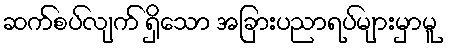
ဆက်စပ်လျက် ရှိသော အခြားပညာရပ်များမှာမူ